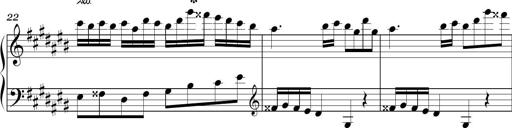
Title: Ten Piano Sonatinas
Composer: Andreas Sain